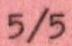
5/5